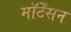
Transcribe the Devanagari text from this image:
मॉर्टेंसन